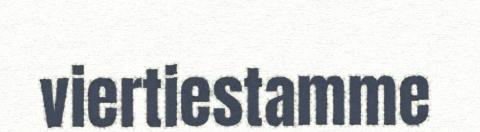
viertiestamme